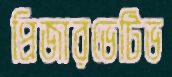
প্রিজারভেটিভ